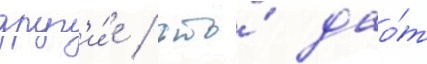
друг'и́е / что́ дао́т